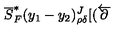
\overline { { S } } _ { F } ^ { * } ( y _ { 1 } - y _ { 2 } ) _ { \rho \delta } ^ { J } [ ( \overleftarrow { { \bf \partial } }